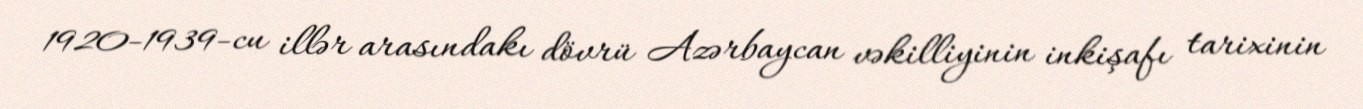
1920-1939-cu illər arasındakı dövrü Azərbaycan vəkilliyinin inkişafı tarixinin